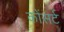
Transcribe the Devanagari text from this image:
कोंसर्ट